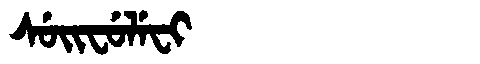
Manchu: ᠰᡠᡳᠸᡠᠯᡝᠸᡳ
Romanization: SUIFULEFI